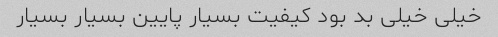
خیلی خیلی بد بود کیفیت بسیار پایین بسیار بسیار